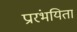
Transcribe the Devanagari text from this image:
प्रारंभयिता